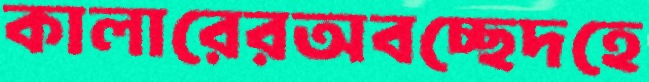
কালারেরঅবচ্ছেদহে